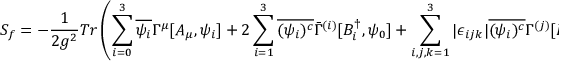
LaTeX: S _ { f } = - \frac { 1 } { 2 g ^ { 2 } } T r \left( \sum _ { i = 0 } ^ { 3 } \overline { { { \psi _ { i } } } } \Gamma ^ { \mu } [ A _ { \mu } , \psi _ { i } ] + 2 \sum _ { i = 1 } ^ { 3 } \overline { { { ( \psi _ { i } ) ^ { c } } } } \bar { \Gamma } ^ { ( i ) } [ B _ { i } ^ { \dagger } , \psi _ { 0 } ] + \sum _ { i , j , k = 1 } ^ { 3 } | \epsilon _ { i j k } | \overline { { { ( \psi _ { i } ) ^ { c } } } } \Gamma ^ { ( j ) } [ B _ { j } , \psi _ { k } ] + h . c . \right)